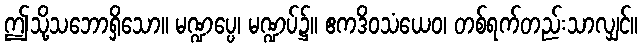
ဤသို့သဘောရှိသော။ မဏ္ဍပ္ပေ၊ မဏ္ဍပ်၌။ ဧကဒိဝသံယေဝ၊ တစ်ရက်တည်းသာလျှင်။